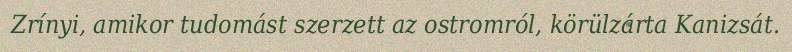
Zrínyi, amikor tudomást szerzett az ostromról, körülzárta Kanizsát.